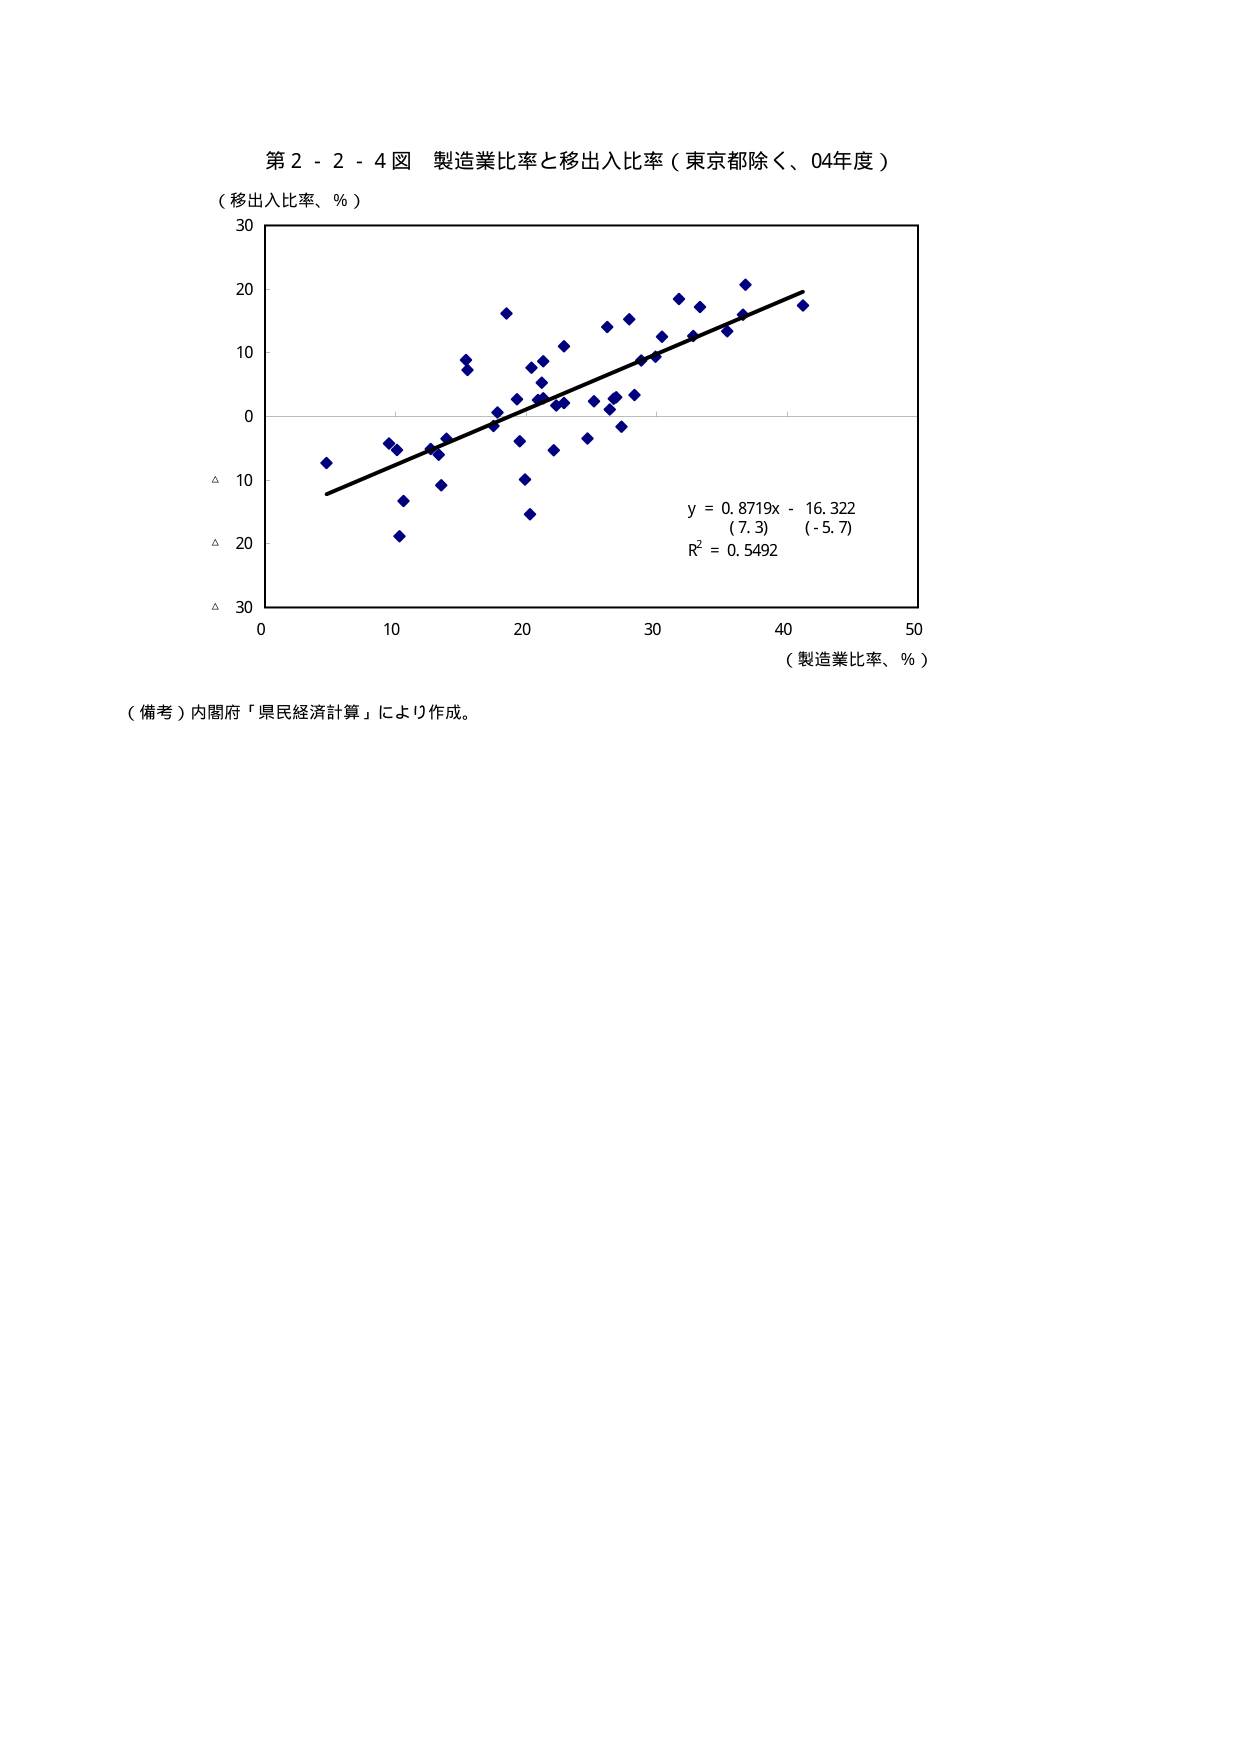
第２－２－４図 製造業比率と移出入比率（東京都除く、04年度）

（移出入比率、％）

30
20
10
0
△ 10
△ 20
△ 30

0       10      20      30      40      50
（製造業比率、％）

y = 0.8719x - 16.322
(7.3)   (-5.7)
R² = 0.5492

（備考）内閣府「県民経済計算」により作成。